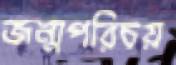
জন্মপরিচয়